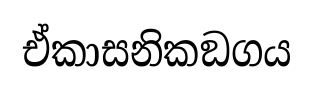
ඒකාසනිකඞගය